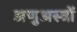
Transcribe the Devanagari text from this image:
अणुअस्त्रों